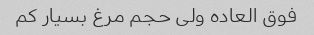
فوق العاده ولی حجم مرغ بسیار کم